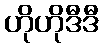
ဟိုဟိုဒီဒီ